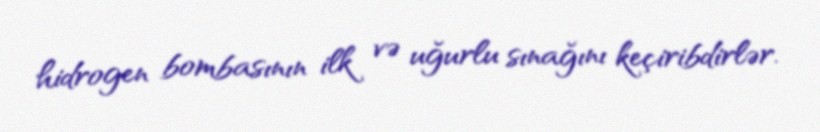
hidrogen bombasının ilk və uğurlu sınağını keçiribdirlər.